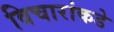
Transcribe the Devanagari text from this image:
विचारांकडे